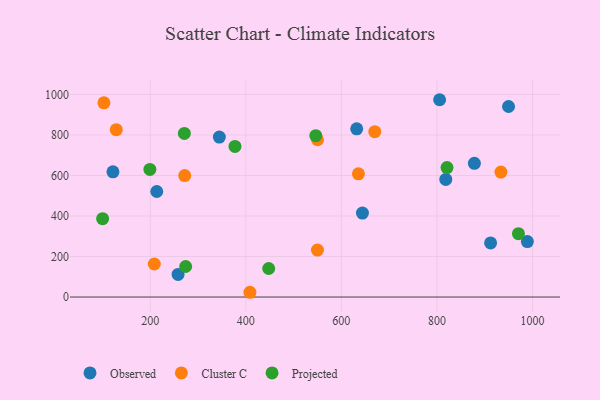
{"axis": {"x": "Experience", "y": "Sales"}, "legend": ["Cluster C", "Observed", "Projected"], "data": [{"x": "644.1", "y": 414.5, "type": "Observed"}, {"x": "805.6", "y": 974.1, "type": "Observed"}, {"x": "912.3", "y": 267.0, "type": "Observed"}, {"x": "213.6", "y": 520.9, "type": "Observed"}, {"x": "121.9", "y": 618.1, "type": "Observed"}, {"x": "949.9", "y": 940.6, "type": "Observed"}, {"x": "878.4", "y": 659.9, "type": "Observed"}, {"x": "344.6", "y": 789.5, "type": "Observed"}, {"x": "258.2", "y": 111.5, "type": "Observed"}, {"x": "989.3", "y": 274.0, "type": "Observed"}, {"x": "632.1", "y": 830.5, "type": "Observed"}, {"x": "818.5", "y": 580.5, "type": "Observed"}, {"x": "635.7", "y": 608.5, "type": "Cluster C"}, {"x": "103.0", "y": 958.9, "type": "Cluster C"}, {"x": "549.9", "y": 231.7, "type": "Cluster C"}, {"x": "669.9", "y": 816.4, "type": "Cluster C"}, {"x": "208.5", "y": 163.0, "type": "Cluster C"}, {"x": "408.6", "y": 23.5, "type": "Cluster C"}, {"x": "272.1", "y": 599.4, "type": "Cluster C"}, {"x": "128.9", "y": 826.0, "type": "Cluster C"}, {"x": "933.9", "y": 616.9, "type": "Cluster C"}, {"x": "550.1", "y": 776.5, "type": "Cluster C"}, {"x": "821.1", "y": 639.2, "type": "Projected"}, {"x": "377.3", "y": 743.3, "type": "Projected"}, {"x": "274.1", "y": 150.8, "type": "Projected"}, {"x": "271.4", "y": 807.8, "type": "Projected"}, {"x": "970.6", "y": 312.7, "type": "Projected"}, {"x": "199.2", "y": 630.2, "type": "Projected"}, {"x": "546.5", "y": 796.5, "type": "Projected"}, {"x": "100.3", "y": 386.9, "type": "Projected"}, {"x": "447.9", "y": 140.8, "type": "Projected"}]}